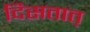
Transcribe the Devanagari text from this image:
दिसतात़